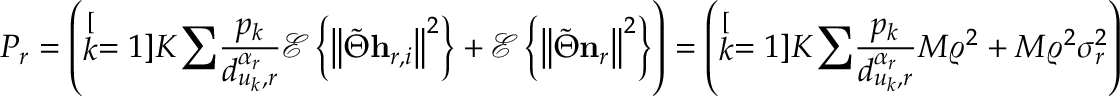
P _ { r } = \left( \stackrel [ k = 1 ] { K } { \sum } \frac { p _ { k } } { d _ { u _ { k } , r } ^ { \alpha _ { r } } } \mathscr { E } \left\{ \left\Vert \tilde { \Theta } \mathbf { h } _ { r , i } \right\Vert ^ { 2 } \right\} + \mathscr { E } \left\{ \left\Vert \tilde { \Theta } \mathbf { n } _ { r } \right\Vert ^ { 2 } \right\} \right) = \left( \stackrel [ k = 1 ] { K } { \sum } \frac { p _ { k } } { d _ { u _ { k } , r } ^ { \alpha _ { r } } } M \varrho ^ { 2 } + M \varrho ^ { 2 } \sigma _ { r } ^ { 2 } \right)